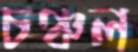
চঞ্চল